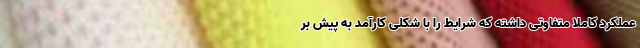
عملکرد کاملاً متفاوتی داشته که شرایط را با شکلی کارآمد به‌ پیش بر